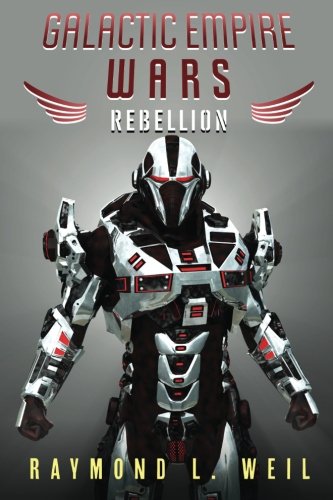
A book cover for Galactic Empire Wars: Rebellion (Volume 3); Raymond L. Weil; Science Fiction & Fantasy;